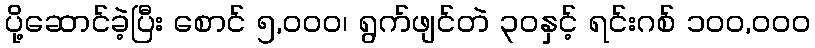
ပို့ဆောင်ခဲ့ပြီး စောင် ၅,၀၀၀၊ ရွက်ဖျင်တဲ ၃၀နှင့် ရင်းဂစ် ၁၀၀,၀၀၀